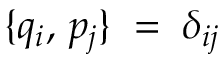
\{ q _ { i } , \, p _ { j } \} \; = \; \delta _ { i j }